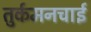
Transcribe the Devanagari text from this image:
तुर्कमनचाई